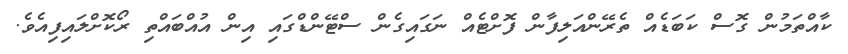
ކާއްތަމުން ގޮސް ކަބަޑެއް ތެރޭންއަލިފާން ފޮށްޓެއް ނަގައިގެން ސްޓޭންޑްގައި އިން އުއްބައްތި ރޯކޮށްލައިފިއެވެ.